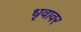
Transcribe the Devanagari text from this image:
धृवावर